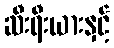
ဆီးရီးယားနှင့်